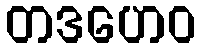
တဒဟေဝ